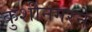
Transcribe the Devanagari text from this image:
कुशीनगरने